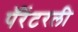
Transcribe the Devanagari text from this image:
पॅरेंटरली